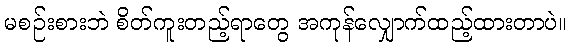
မစဉ်းစားဘဲ စိတ်ကူးတည့်ရာတွေ အကုန်လျှောက်ထည့်ထားတာပဲ။